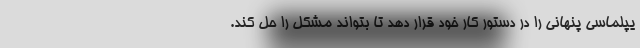
یپلماسی پنهانی را در دستور کار خود قرار دهد تا بتواند مشکل را حل کند.